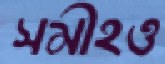
সমীহও